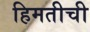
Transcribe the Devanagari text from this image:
हिमतीची